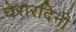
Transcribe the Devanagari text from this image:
घेरारदिनी